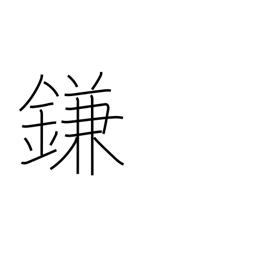
Meaning: trick